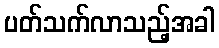
ပတ်သက်လာသည့်အခါ